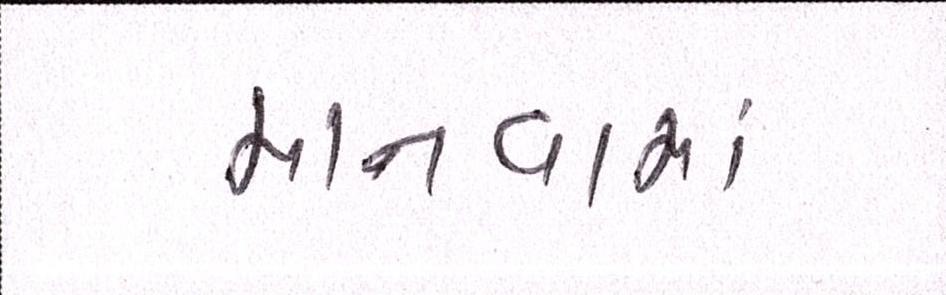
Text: માનવામાં